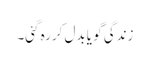
زندگی گو یا بدل کررہ گئی۔